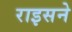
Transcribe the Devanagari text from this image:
राइसने